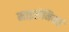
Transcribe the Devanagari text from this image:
माइसेनियाई